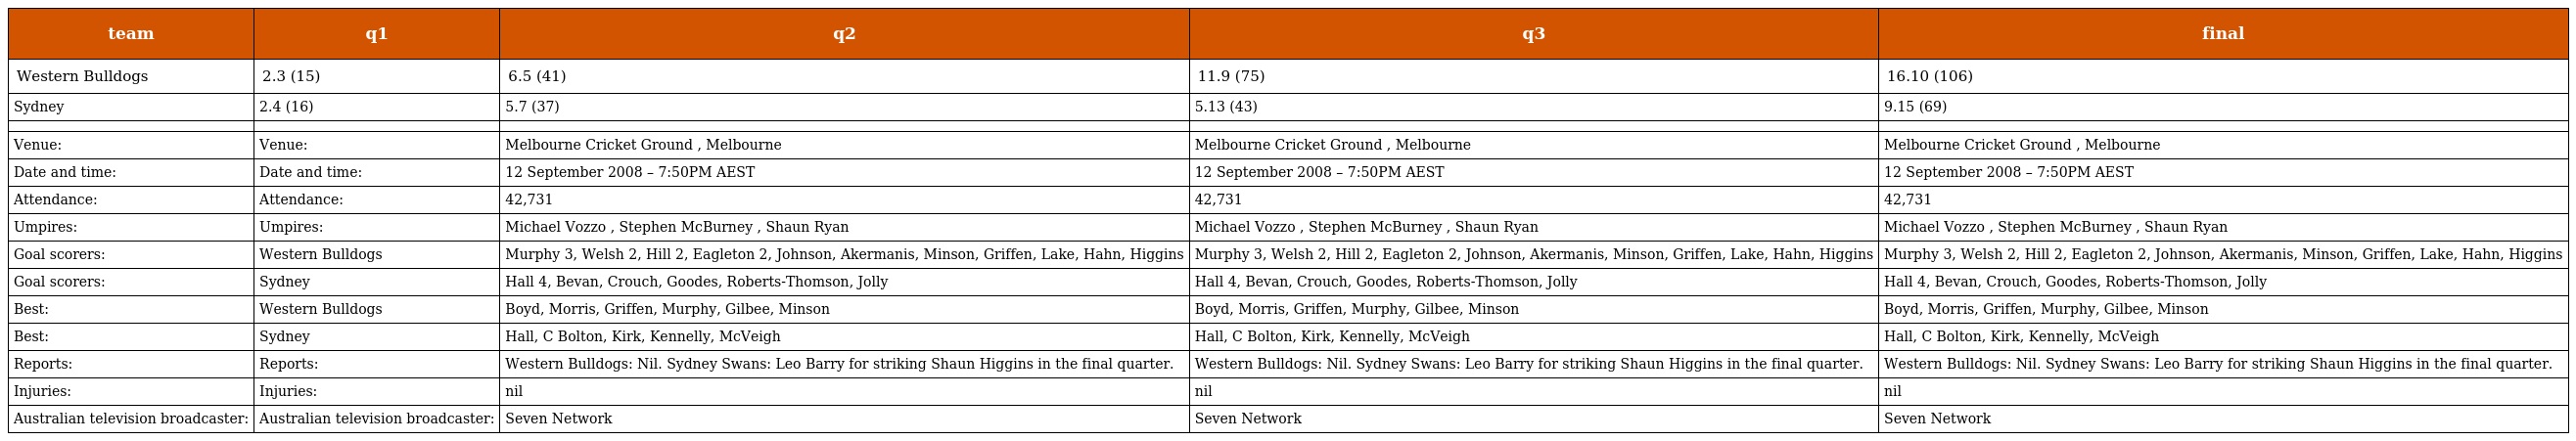
| team | q1 | q2 | q3 | final |
 | --- | --- | --- | --- | --- |
 | Western Bulldogs | 2.3 (15) | 6.5 (41) | 11.9 (75) | 16.10 (106) |
 | Sydney | 2.4 (16) | 5.7 (37) | 5.13 (43) | 9.15 (69) |
 |  |  |  |  |  |
 | Venue: | Venue: | Melbourne Cricket Ground , Melbourne | Melbourne Cricket Ground , Melbourne | Melbourne Cricket Ground , Melbourne |
 | Date and time: | Date and time: | 12 September 2008 – 7:50PM AEST | 12 September 2008 – 7:50PM AEST | 12 September 2008 – 7:50PM AEST |
 | Attendance: | Attendance: | 42,731 | 42,731 | 42,731 |
 | Umpires: | Umpires: | Michael Vozzo , Stephen McBurney , Shaun Ryan | Michael Vozzo , Stephen McBurney , Shaun Ryan | Michael Vozzo , Stephen McBurney , Shaun Ryan |
 | Goal scorers: | Western Bulldogs | Murphy 3, Welsh 2, Hill 2, Eagleton 2, Johnson, Akermanis, Minson, Griffen, Lake, Hahn, Higgins | Murphy 3, Welsh 2, Hill 2, Eagleton 2, Johnson, Akermanis, Minson, Griffen, Lake, Hahn, Higgins | Murphy 3, Welsh 2, Hill 2, Eagleton 2, Johnson, Akermanis, Minson, Griffen, Lake, Hahn, Higgins |
 | Goal scorers: | Sydney | Hall 4, Bevan, Crouch, Goodes, Roberts-Thomson, Jolly | Hall 4, Bevan, Crouch, Goodes, Roberts-Thomson, Jolly | Hall 4, Bevan, Crouch, Goodes, Roberts-Thomson, Jolly |
 | Best: | Western Bulldogs | Boyd, Morris, Griffen, Murphy, Gilbee, Minson | Boyd, Morris, Griffen, Murphy, Gilbee, Minson | Boyd, Morris, Griffen, Murphy, Gilbee, Minson |
 | Best: | Sydney | Hall, C Bolton, Kirk, Kennelly, McVeigh | Hall, C Bolton, Kirk, Kennelly, McVeigh | Hall, C Bolton, Kirk, Kennelly, McVeigh |
 | Reports: | Reports: | Western Bulldogs: Nil. Sydney Swans: Leo Barry for striking Shaun Higgins in the final quarter. | Western Bulldogs: Nil. Sydney Swans: Leo Barry for striking Shaun Higgins in the final quarter. | Western Bulldogs: Nil. Sydney Swans: Leo Barry for striking Shaun Higgins in the final quarter. |
 | Injuries: | Injuries: | nil | nil | nil |
 | Australian television broadcaster: | Australian television broadcaster: | Seven Network | Seven Network | Seven Network |